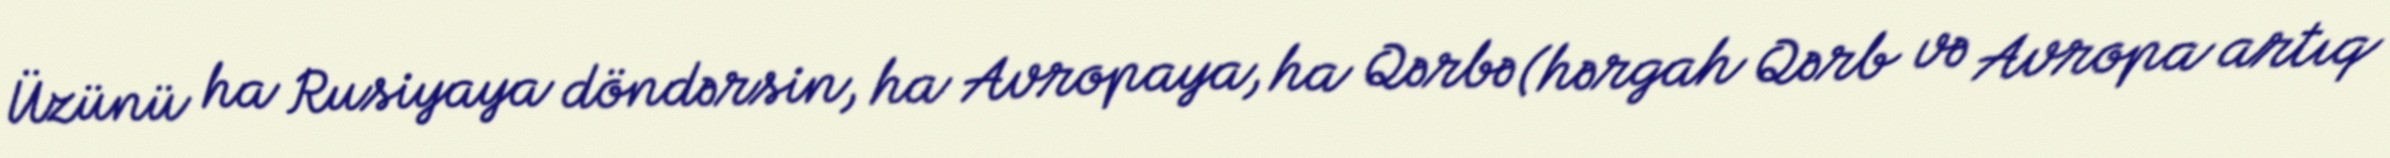
Üzünü ha Rusiyaya döndərsin, ha Avropaya, ha Qərbə (hərgah Qərb və Avropa artıq